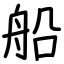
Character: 船